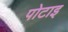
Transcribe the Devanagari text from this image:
पोटाइ